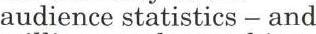
audience statistics - and